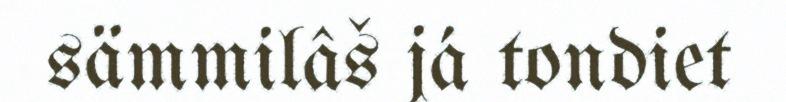
sämmilâš já tondiet